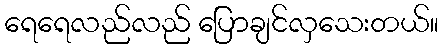
ရေရေလည်လည် ပြောချင်လှသေးတယ်။